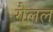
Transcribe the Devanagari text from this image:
गैलल